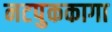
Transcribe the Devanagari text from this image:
नटपुककागा